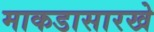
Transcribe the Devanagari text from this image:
माकडासारखे